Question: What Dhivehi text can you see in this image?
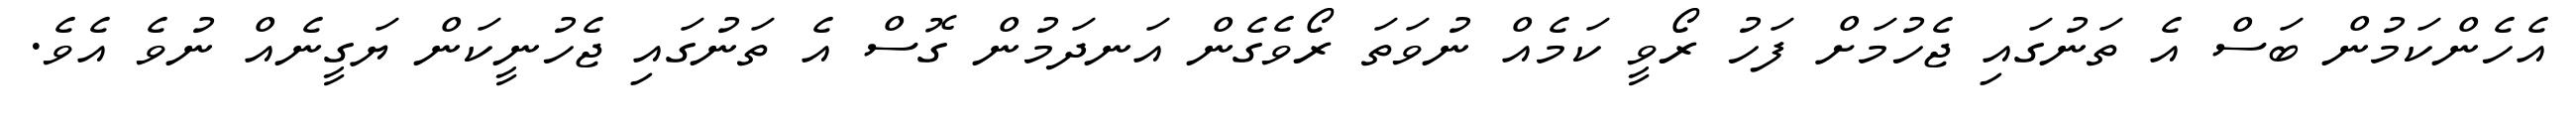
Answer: އެހެންކަމުން ބަސް އެ ތަނުގައި ޖެހުމަށް ފަހު ރޯވީ ކަމެއް ނުވަތަ ރޯވެގެން އަނދަމުން ގޮސް އެ ތަނުގައި ޖެހުނީކަން ޔަގީނެއް ނުވެ އެވެ.